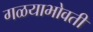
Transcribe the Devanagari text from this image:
गळयाभोवती